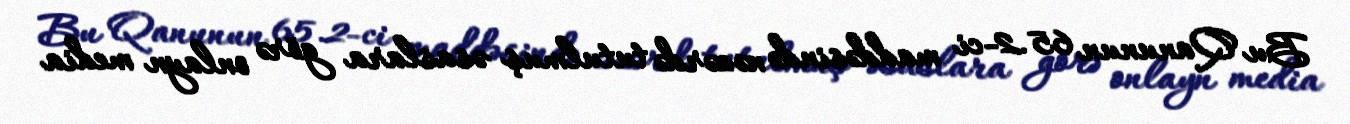
Bu Qanunun 65.2-ci maddəsində nəzərdə tutulmuş əsaslara görə onlayn media